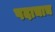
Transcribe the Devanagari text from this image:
पदाचाच